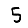
Digit: 5